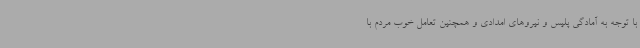
با توجه به آمادگی پلیس و نیروهای امدادی و همچنین تعامل خوب مردم با